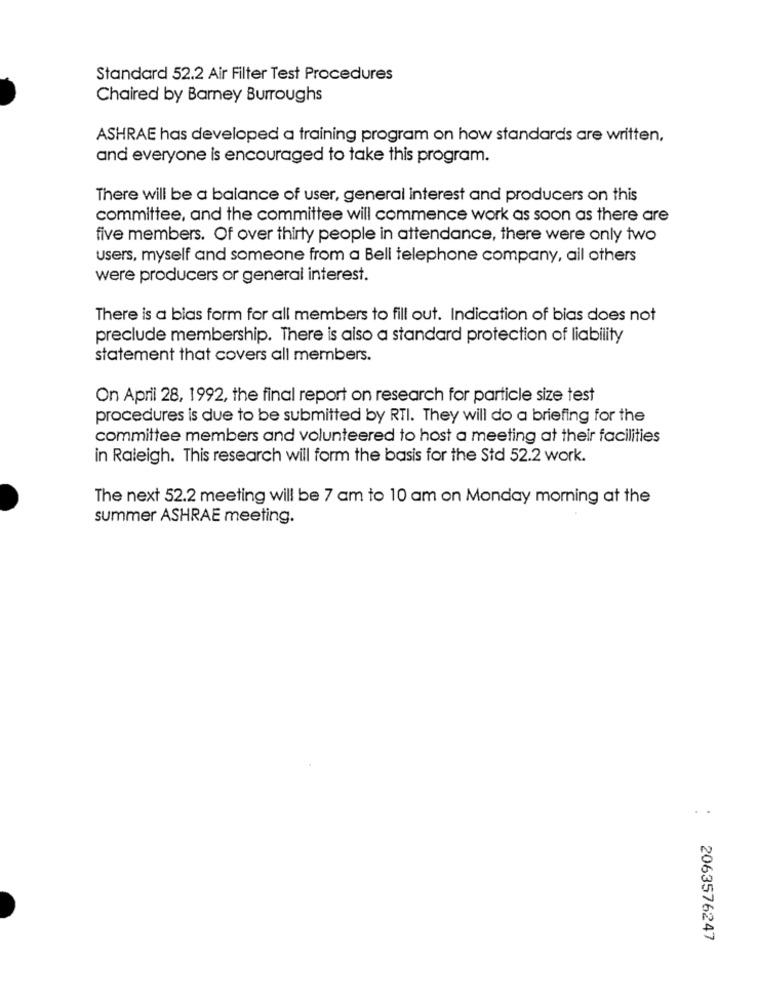
Standard 52.2 Air Filter Test Procedures
Chaired by Barney Burroughs
ASHRAE has developed a training program on how standards are written,
and everyone is encouraged to take this program.
There will be a balance of user, general interest and producers on this
committee, and the committee will commence work as soon as there are
five members. Of over thirty people in attendance, there were only two
Users, myself and someone from a Bell telephone company, all others
were producers or general interest.
There is a bias form for all members to fill out. Indication of bias does not
preclude membership. There is also a standard protection of liability
statement that covers all members.
On April 28, 1992, the final report on research for particle size test
procedures is due to be submitted by RTI. They will do a briefing for the
committee members and volunteered to host a meeting at their facilities
in Raleigh. This research will form the basis for the Std 52.2 work.
The next 52.2 meeting will be 7 am to 10 am on Monday morning at the
summer ASHRAE meeting.
..
2063576247